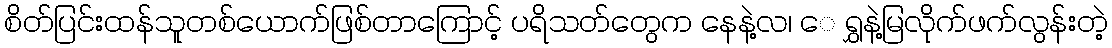
စိတ်ပြင်းထန်သူတစ်ယောက်ဖြစ်တာကြောင့် ပရိသတ်တွေက နေနဲ့လ၊ ေ ရွှနဲ့မြလိုက်ဖက်လွန်းတဲ့